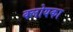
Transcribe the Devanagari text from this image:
क्लोयका